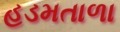
હડમતાળા